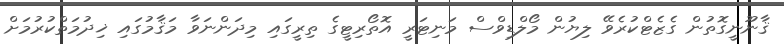
ޤާނޫނީގޮތުން ގެޒެޓްކުރެވޭ ލިޔުން މޯލްޑިވްސް މަނިޓަރީ އޮތޯރިޓީގެ ތިރީގައި މިދަންނަވާ މަޤާމުގައި ޚިދުމަތްކުރުމަށް